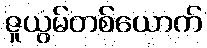
ဇူယွမ်တစ်ယောက်